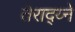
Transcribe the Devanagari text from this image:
तेराद्य्ने